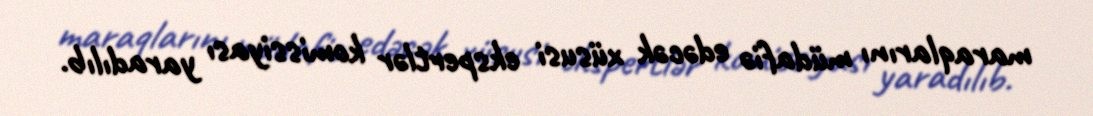
maraqlarını müdafiə edəcək xüsusi ekspertlər komissiyası yaradılıb.